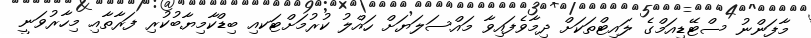
މާފަންނު ސްޓޭޑިއަމްގެ ލައިޓްތަކަށް ދިމާވެފައިވާ މައްސަލަޔަށް ހައްލު ކުރުމަށްޓަކއި ބިޑްކާމިޔާބުކުރި ފަރާތާއި މިހާރުވަނީ